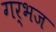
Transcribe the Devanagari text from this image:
गर्भज